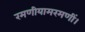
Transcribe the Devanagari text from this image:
रमणीयामरमणीं।